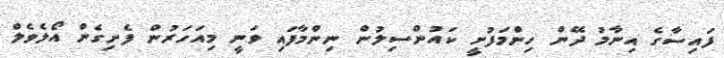
ފައިސާގެ އިނާމު ދޭން ހިންމަފުށީ ކައުންސިލުން ނިންމާފައި ވަނީ މިއަހަރުން ފެށިގެން އޯލެވެލް